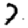
Digit: 7